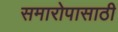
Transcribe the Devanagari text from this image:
समारोपासाठी